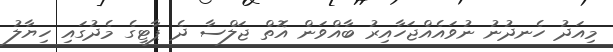
މިއަދު ހެނދުނު ނުވައެއްޖަހާއިރު ބާއްވަން އޮތް ޖަލްސާ ދެ ޕާޓީގެ މެދުގައި ހިޔާލު